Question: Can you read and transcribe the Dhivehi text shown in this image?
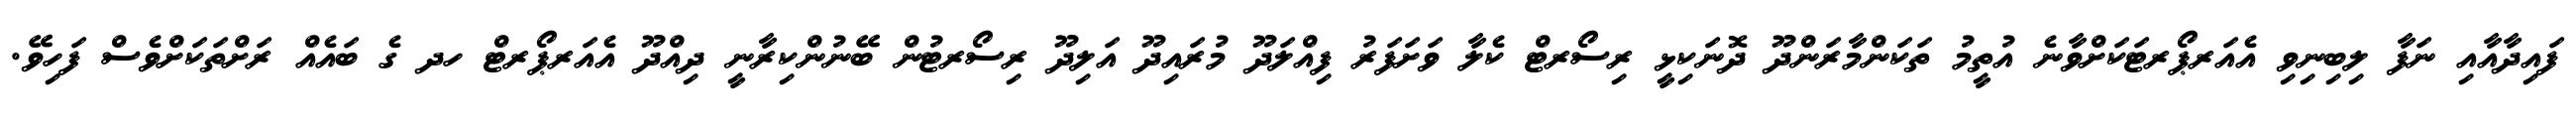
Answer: ފައިދާއާއި ނަފާ ލިބިނިވި އެއަރޕޯރޓަކަށްވާނެ އުތީމު ތަކަންމާރަންދޫ ދޮނަކިޅީ ރިސޯރޓް ކެލާ ވަށަފަރު ފިއްލަދޫ މުރައިދޫ އަލިދޫ ރިސޯރޓުން ބޭނުންކިރާނީ ދިއްދޫ އެއަރޕޯރޓް ހދ ގެ ބައެއް ރަށްތަކަށްވެސް ފަހިވޭ.